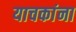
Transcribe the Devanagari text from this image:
याचकांना